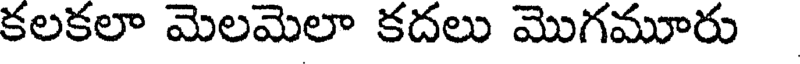
కలకలా మెలమెలా కదలు మొగమూరు